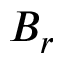
B _ { r }